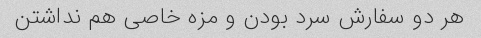
هر دو سفارش سرد بودن و مزه خاصی هم نداشتن